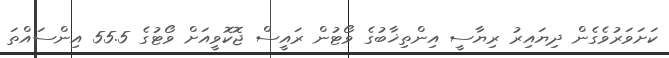
ކަށަވަރުވެގެން ދިޔައިރު ރިޔާސީ އިންތިޚާބުގެ ވޯޓުން ރައީސް ޖޮކޮވީއަށް ވޯޓުގެ 55.5 އިންސައްތަ